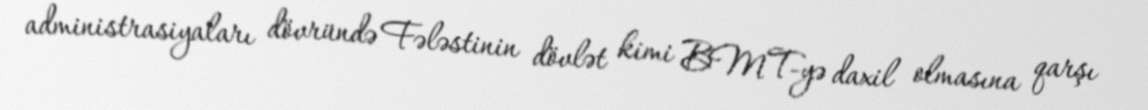
administrasiyaları dövründə Fələstinin dövlət kimi BMT-yə daxil olmasına qarşı